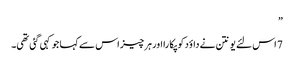
”
7 اس لئے یونتن نے داؤد کو پکا را اور ہر چیز اس سے کہا جو کہی گئی تھی۔